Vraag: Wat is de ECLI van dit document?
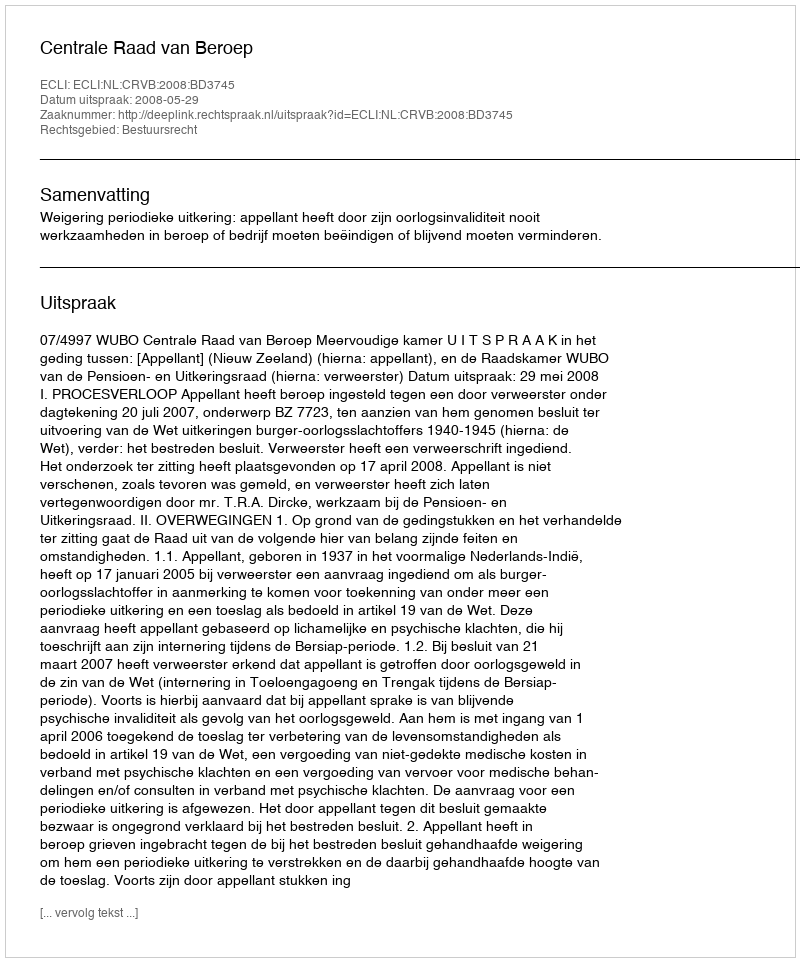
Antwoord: ECLI:NL:CRVB:2008:BD3745